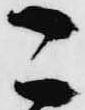
こ